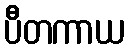
ပီတကာယ